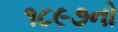
૧૮૯૭નો